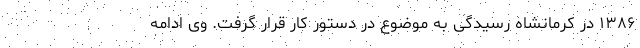
۱۳۸۶ در کرمانشاه رسیدگی به موضوع در دستور کار قرار گرفت. وی ادامه